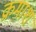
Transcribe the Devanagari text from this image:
क्रमाश